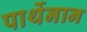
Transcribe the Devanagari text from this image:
पार्थेनान